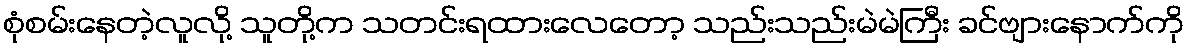
စုံစမ်းနေတဲ့လူလို့ သူတို့က သတင်းရထားလေတော့ သည်းသည်းမဲမဲကြီး ခင်ဗျားနောက်ကို